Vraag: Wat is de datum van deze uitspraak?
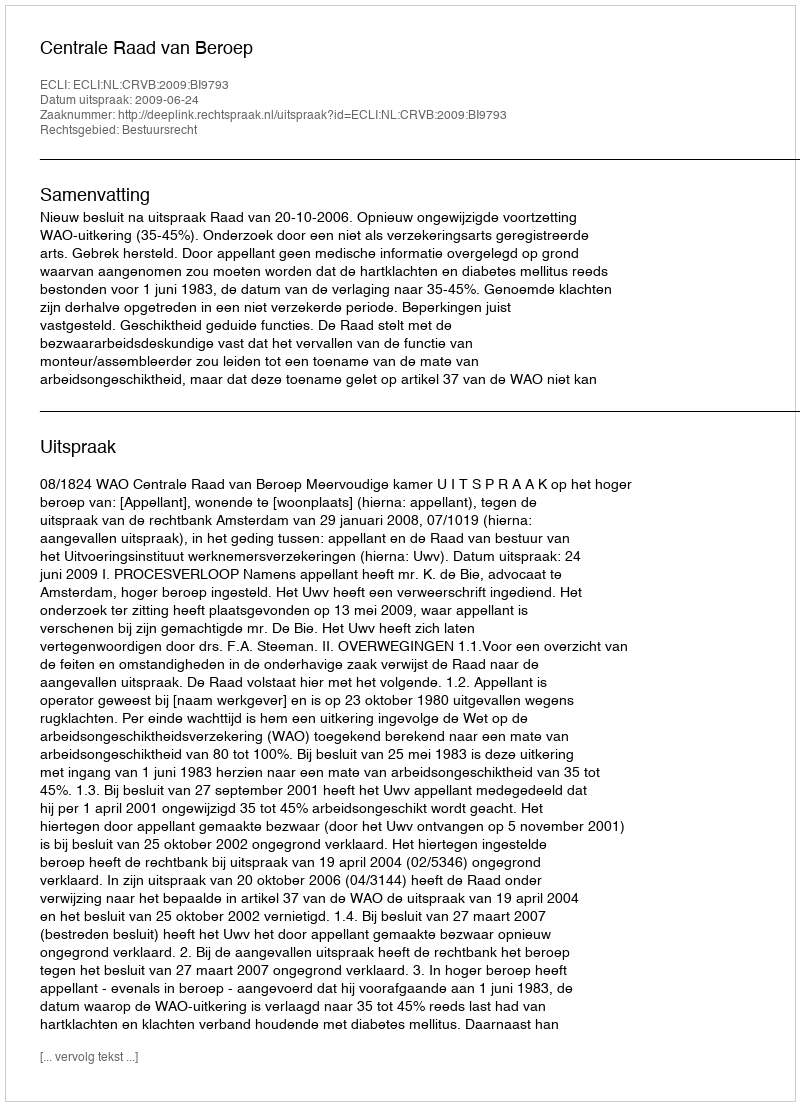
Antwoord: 2009-06-24